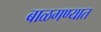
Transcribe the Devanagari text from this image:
बाळगण्यात